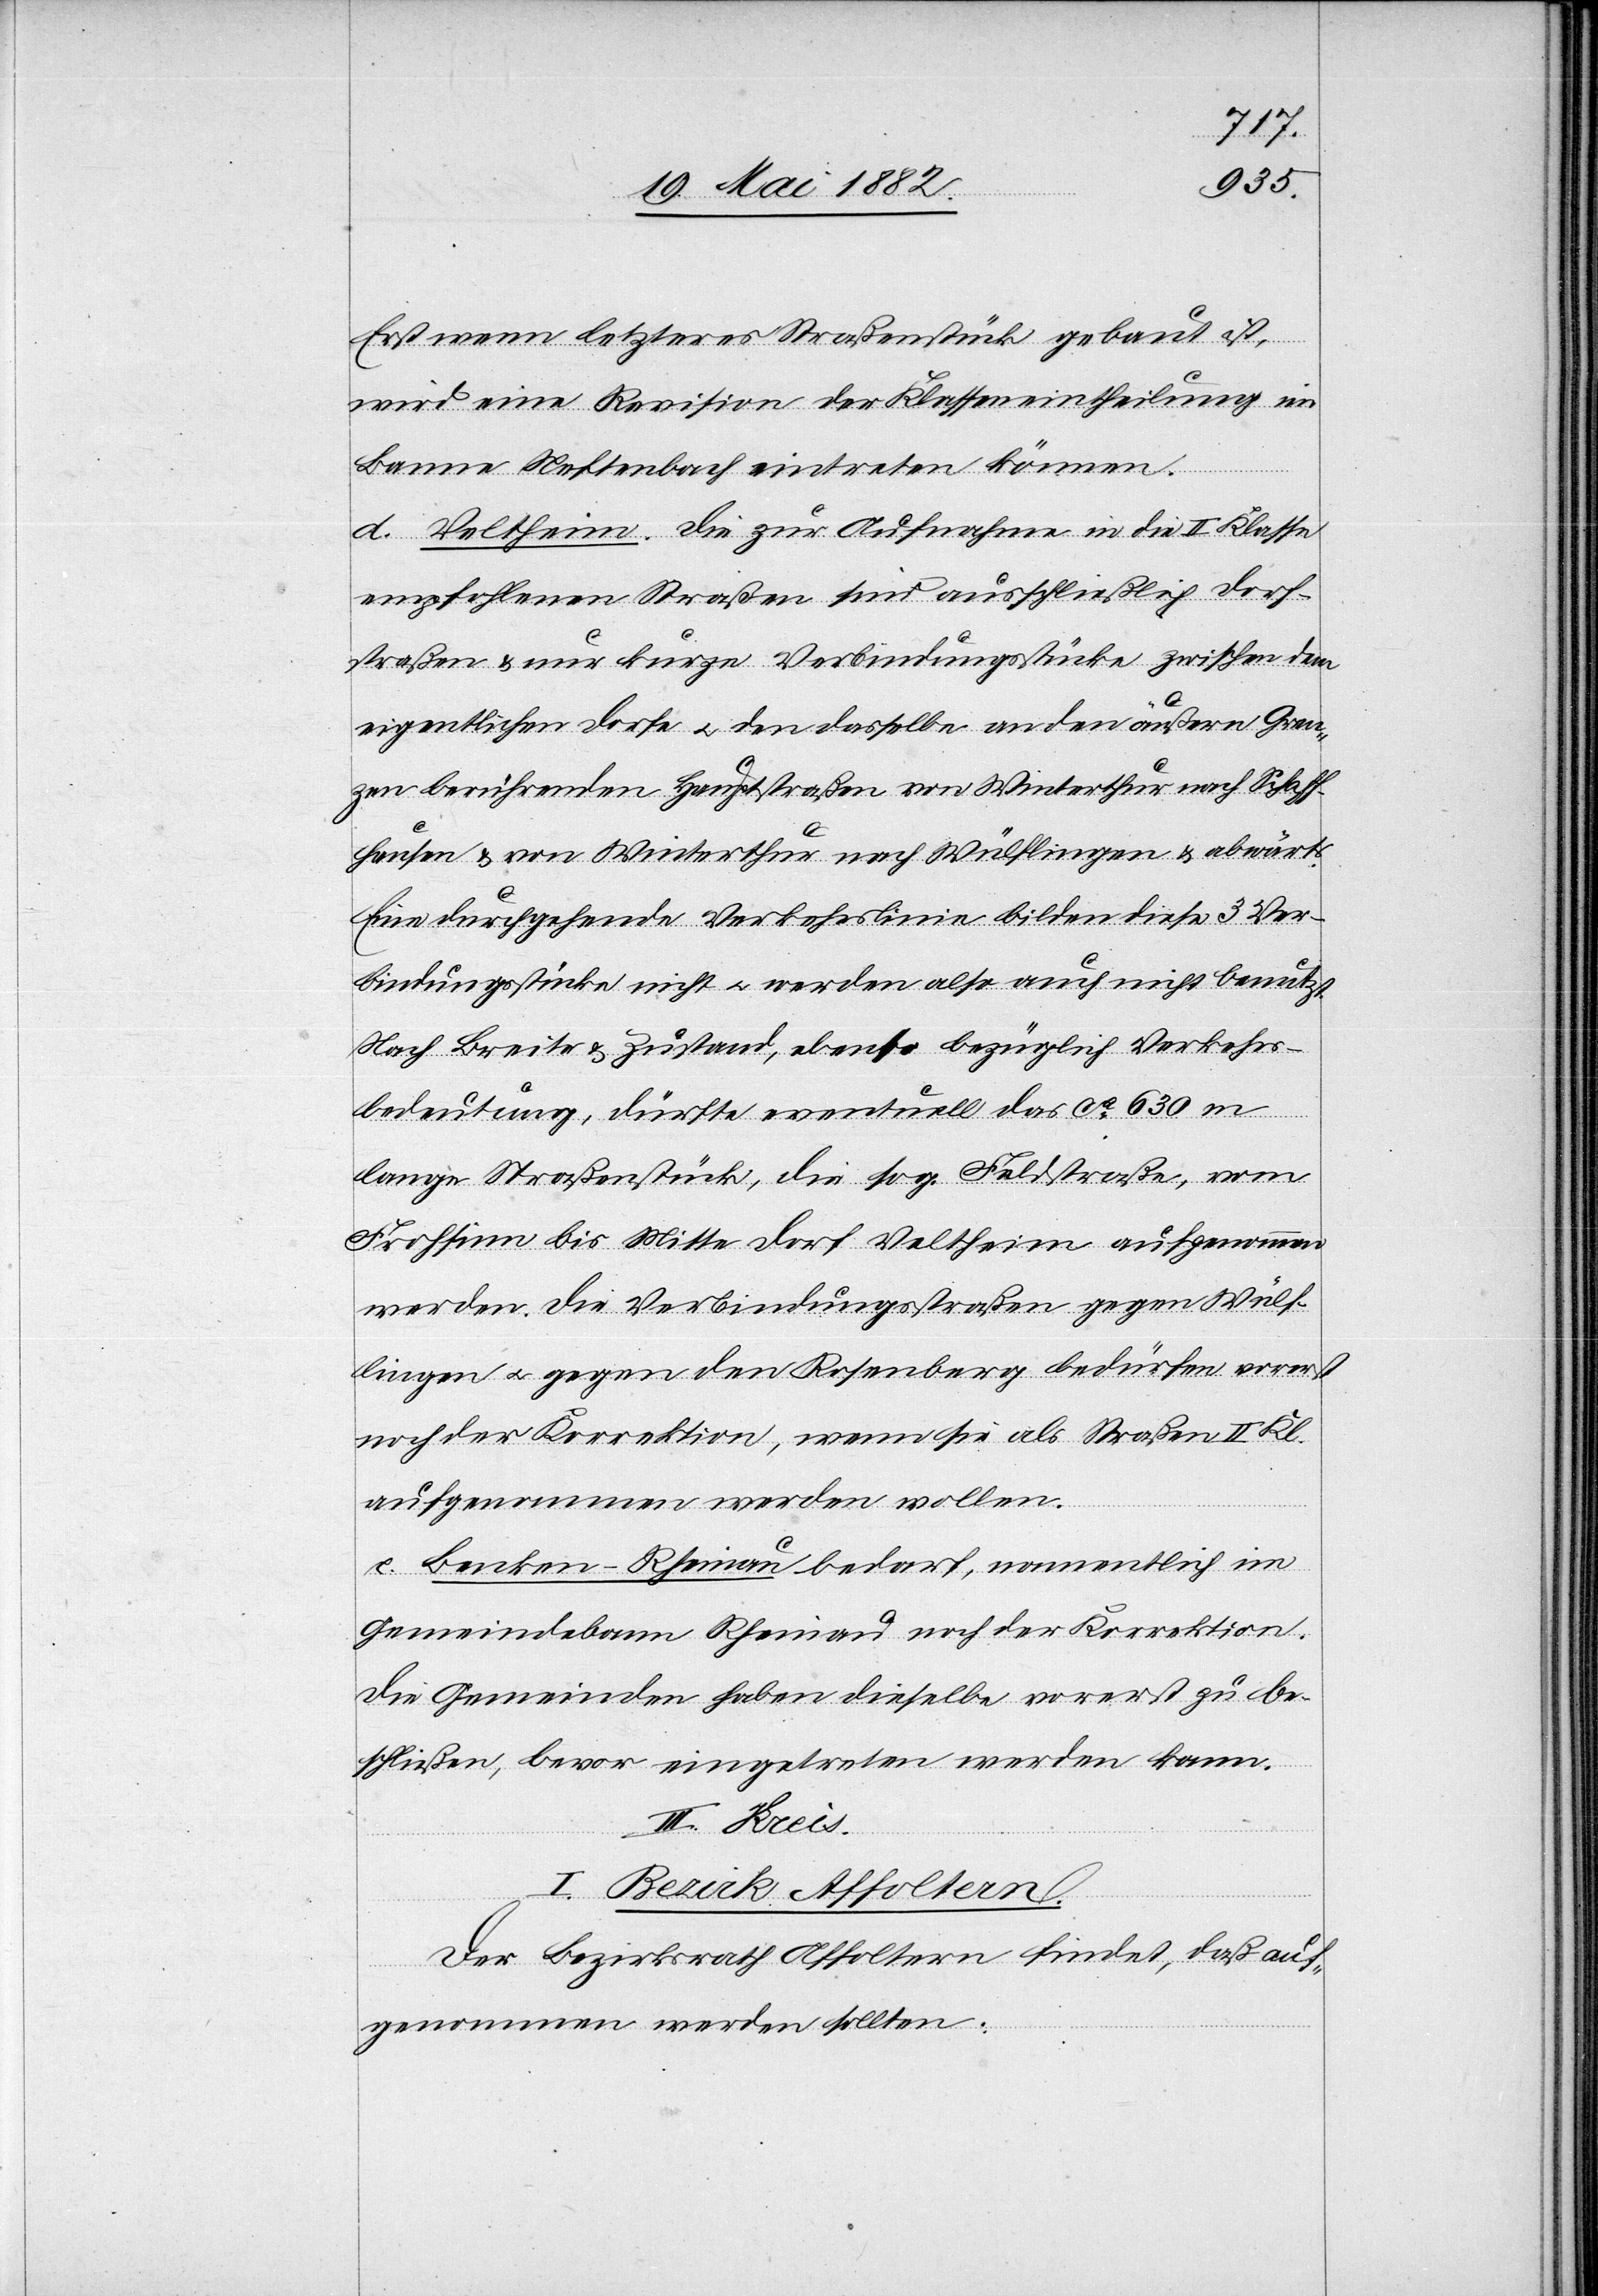
Erst wenn letzteres Straßenstück gebaut ist,
wird eine Revision der Klasseneintheilung im
Banne Neftenbach eintreten können.
d. Veltheim. Die zur Aufnahme in die II. Klasse
empfohlenen Straßen sind ausschließlich Dorf¬
straßen & nur kurze Verbindungsstücke zwischen dem
eigentlichen Dorfe u. den dasselbe an den äußern Gren¬
zen berührenden Hauptstraßen von Winterthur nach Schaff¬
hausen & von Winterthur nach Wülflingen & abwärts.
Eine durchgehende Verkehrslinie bilden diese 3 Ver¬
bindungsstücke nicht u. werden also auch nicht benutzt.
Nach Breite & Zustand, ebenso bezüglich Verkehrs¬
bedeutung, dürfte eventuell das ca 630 m
lange Straßenstück, die sog. Feldstraße, vom
Frohsinn bis Mitte Dorf Veltheim aufgenommen
werden. Die Verbindungsstraßen gegen Wülf¬
lingen u. gegen den Rosenberg bedürfen vorerst
noch der Korrektion, wenn sie als Straßen II. Kl.
aufgenommen werden wollen.
e. Benken–Rheinau bedarf, namentlich im
Gemeindebann Rheinau noch der Korrektion.
Die Gemeinden haben dieselbe vorerst zu be¬
schließen, bevor eingetreten werden kann.
III. Kreis.
I. Bezirk Affoltern.
Der Bezirksrath Affoltern findet, daß auf¬
genommen werden sollten: